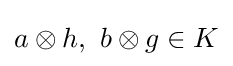
a\otimes h,\ b\otimes g\in K